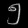
Digit: ၅